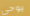
يوحي